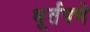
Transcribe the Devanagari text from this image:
धूर्तपणे